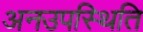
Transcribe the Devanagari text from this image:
अनउपस्थिति